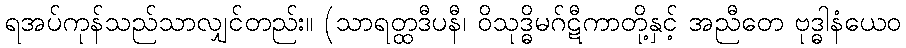
ရအပ်ကုန်သည်သာလျှင်တည်း။ (သာရတ္ထဒီပနီ၊ ဝိသုဒ္ဓိမဂ်ဋီကာတို့နှင့် အညီတေ ဗုဒ္ဓါနံယေဝ